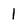
Character: l